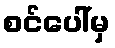
စင်ပေါ်မှ